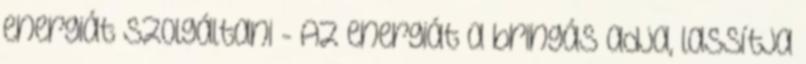
energiát szolgáltani - Az energiát a bringás adja, lassítja